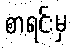
စာရင်းမှ